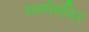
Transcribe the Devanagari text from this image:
स्वर्णमंदिर